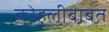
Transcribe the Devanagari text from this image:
कोहलीबाबत